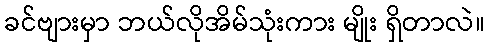
ခင်ဗျားမှာ ဘယ်လိုအိမ်သုံးကား မျိုး ရှိတာလဲ။